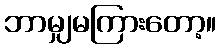
ဘာမျှမကြားတော့။